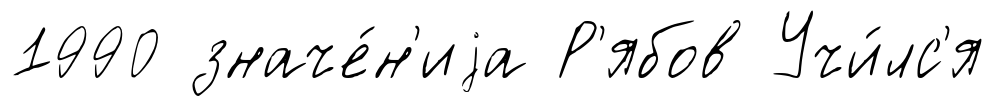
1990 значе́н'иjа Р'ябов Учи́лс'я